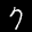
Label: 7